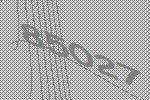
85027